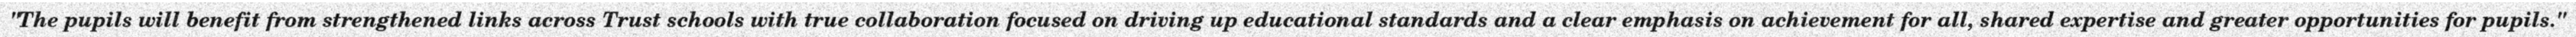
"The pupils will benefit from strengthened links across Trust schools with true collaboration focused on driving up educational standards and a clear emphasis on achievement for all, shared expertise and greater opportunities for pupils."